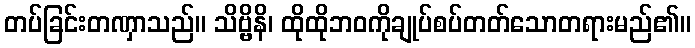
တပ်ခြင်းတဏှာသည်။ သိဗ္ဗိနိ၊ ထိုထိုဘဝကိုချုပ်စပ်တတ်သောတရားမည်၏။